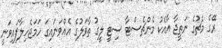
ރޭގެ މެޗުގެ ނަތީޖާ އާއެކު މެންޗެސްޓާ ސިޓީ ލީގު ތާވަލުގެ އެއްވަނައިގަ ހަމަޖެހިލާފައިވަނީ